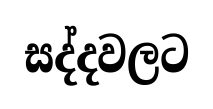
සද්දවලට